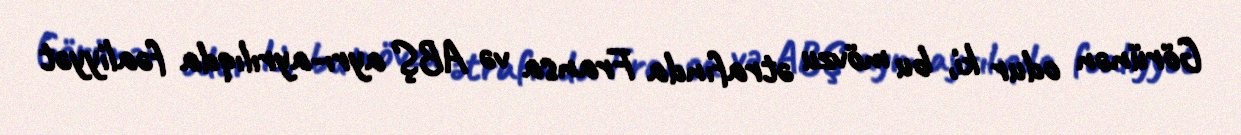
Görünən odur ki, bu mövzu ətrafında Fransa və ABŞ ayrı-ayrılıqda fəaliyyət